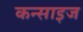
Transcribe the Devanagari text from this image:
कन्साइज